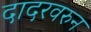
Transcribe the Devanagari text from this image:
दादरवरुन